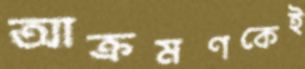
আক্রমণকেই